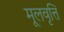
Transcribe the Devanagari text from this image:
मूलवृत्ति